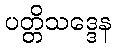
ပတ္တိသဒ္ဒေန